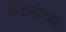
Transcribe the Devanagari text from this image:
चरणीच्या